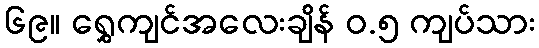
၆၉။ ရွှေကျင်အလေးချိန် ၀.၅ ကျပ်သား